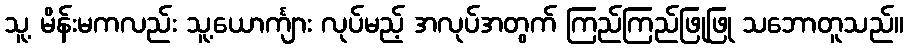
သူ့ မိန်းမကလည်း သူ့ယောင်္ကျား လုပ်မည့် အလုပ်အတွက် ကြည်ကြည်ဖြုဖြု သဘောတူသည်။